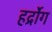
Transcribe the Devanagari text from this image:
हर्द्रोग